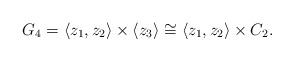
LaTeX: \begin{align*} G_4=\langle z_1,z_2\rangle \times \langle z_3\rangle\cong \langle z_1,z_2\rangle\times C_2. \end{align*}